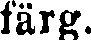
färg.